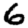
Digit: 6